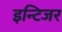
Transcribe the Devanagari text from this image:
इन्टिजर